Civil Veterinary Department ledger series I-VI
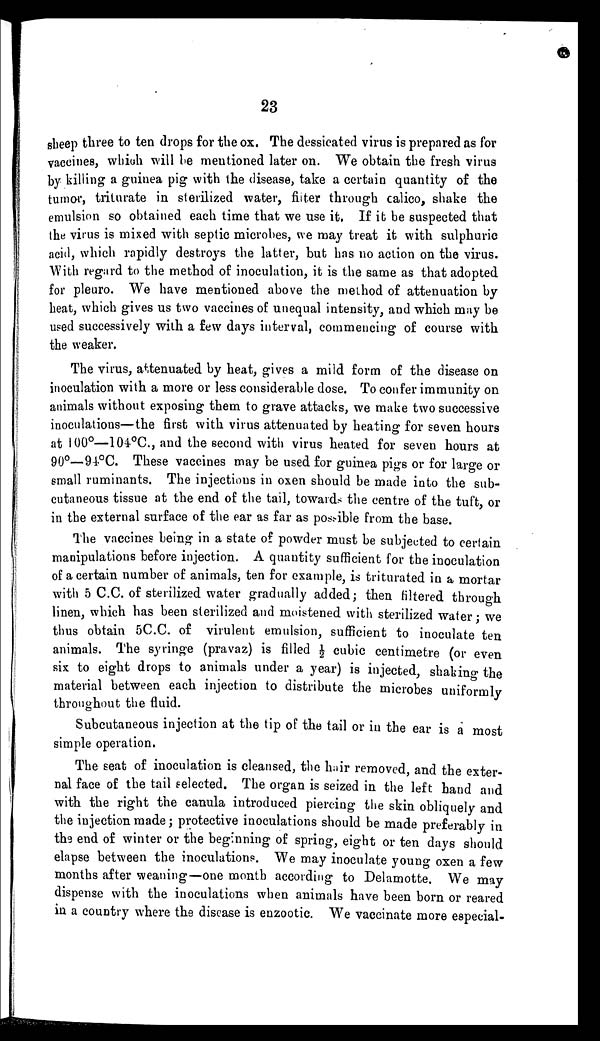
23
sheep three to ten drops for the ox. The dessicated virus is prepared as for
vaccines, which will be mentioned later on. We obtain the fresh virus
by killing a guinea pig with the disease, take a certain quantity of the
tumor, triturate in sterilized water, filter through calico, shake the
emulsion so obtained each time that we use it. If it be suspected that
the virus is mixed with septic microbes, we may treat it with sulphuric
acid, which rapidly destroys the latter, but has no action on the virus.
With regard to the method of inoculation, it is the same as that adopted
for pleuro. We have mentioned above the method of attenuation by
heat, which gives us two vaccines of unequal intensity, and which may be
used successively with a few days interval, commencing of course with
the weaker.
The virus, attenuated by heat, gives a mild form of the disease on
inoculation with a more or less considerable dose. To confer immunity on
animals without exposing them to grave attacks, we make two successive
inoculations—the first with virus attenuated by heating for seven hours
at 100°—104°C., and the second with virus heated for seven hours at
90°—94°C. These vaccines may be used for guinea pigs or for large or
small ruminants. The injections in oxen should be made into the sub-
cutaneous tissue at the end of the tail, towards the centre of the tuft, or
in the external surface of the ear as far as possible from the base.
The vaccines being in a state of powder must be subjected to certain
manipulations before injection. A quantity sufficient for the inoculation
of a certain number of animals, ten for example, is triturated in a mortar
with 5 C.C. of sterilized water gradually added; then filtered through
linen, which has been sterilized and moistened with sterilized water; we
thus obtain 5 C.C. of virulent emulsion, sufficient to inoculate ten
animals. The syringe (pravaz) is filled ½ cubic centimetre (or even
six to eight drops to animals under a year) is injected, shaking the
material between each injection to distribute the microbes uniformly
throughout the fluid.
Subcutaneous injection at the tip of the tail or in the ear is a most
simple operation.
The seat of inoculation is cleansed, the hair removed, and the exter-
nal face of the tail selected. The organ is seized in the left hand and
with the right the canula introduced piercing the skin obliquely and
the injection made; protective inoculations should be made preferably in
the end of winter or the beginning of spring, eight or ten days should
elapse between the inoculations. We may inoculate young oxen a few
months after weaning—one month according to Delamotte. We may
dispense with the inoculations when animals have been born or reared
in a country where the disease is enzootic. We vaccinate more especial-